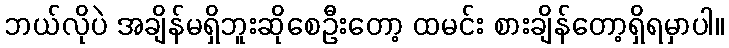
ဘယ်လိုပဲ အချိန်မရှိဘူးဆိုစေဦးတော့ ထမင်း စားချိန်တော့ရှိရမှာပါ။